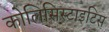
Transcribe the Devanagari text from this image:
कोलिसिस्टाइटिस